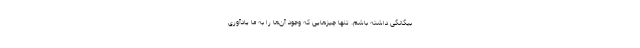
بیگانگی داشته باشم. تنها چیز‌هایی که وجود آن‌ها را به ما یادآوری